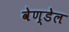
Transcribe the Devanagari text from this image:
वेण्डेल